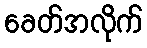
ခေတ်အလိုက်